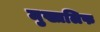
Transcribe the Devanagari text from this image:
मुख्तलिफ